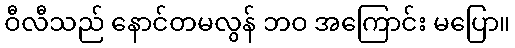
ဝီလီသည် နောင်တမလွန် ဘဝ အကြောင်း မပြော။